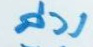
ล่าง